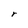
Character: r